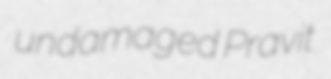
undamaged Pravit